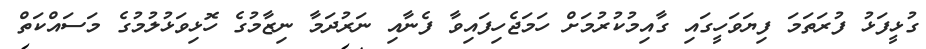
ގުޅީފަޅު ފުރަތަމަ ފިޔަވަހީގައި ގާއިމުކުރުމަށް ހަމަޖެހިފައިވާ ފެނާއި ނަރުދަމާ ނިޒާމުގެ ހޮޅިވަޅުލުމުގެ މަސައްކަތް